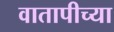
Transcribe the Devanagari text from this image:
वातापीच्या